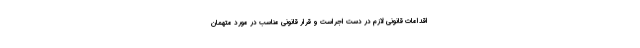
اقدامات قانونی لازم در دست اجراست و قرار قانونی مناسب در مورد متهمان